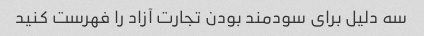
سه دلیل برای سودمند بودن تجارت آزاد را فهرست کنید